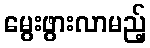
မွေးဖွားလာမည့်